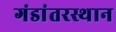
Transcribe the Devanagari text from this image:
गंडांतरस्थान